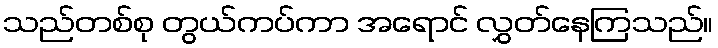
သည်တစ်စု တွယ်ကပ်ကာ အရောင် လွှတ်နေကြသည်။